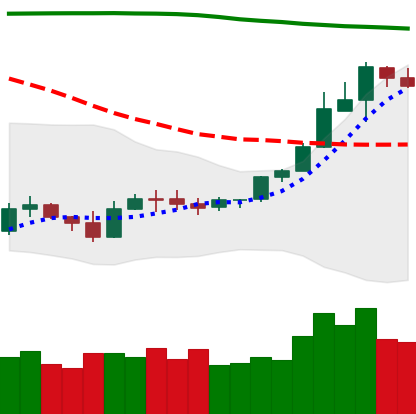
Ticker: ETH-USD
Chart end date: 2019-09-21
Forward return: -22.638%
Label: down_7plus